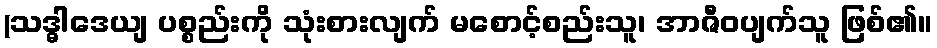
(သဒ္ဓါဒေယျ ပစ္စည်းကို သုံးစားလျက် မစောင့်စည်းသူ၊ အာဇီဝပျက်သူ ဖြစ်၏။